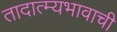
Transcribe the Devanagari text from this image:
तादात्म्यभावाची